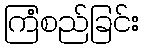
ကြံစည်ခြင်း